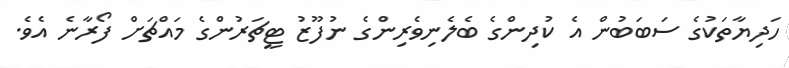
ހަދިޔާތަކުގެ ސަބަބުން އެ ކުދިންގެ ބެލެނިވެރިންގެ ނުފޫޒު ޓީޗަރުންގެ މައްޗަށް ފޯރާނެ އެވެ.